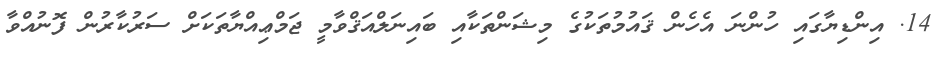
14. އިންޑިޔާގައި ހުންނަ އެހެން ޤައުމުތަކުގެ މިޝަންތަކާއި ބައިނަލްއަޤްވާމީ ޖަމްޢިއްޔާތަކަށް ސަރުކާރުން ފޮނުއްވާ